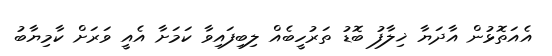
އެއަތޮޅުން އާދަޔާ ޚިލާފު ބޮޑު ތަރުހީބެއް ލިބިފައިވާ ކަމަށާ އެއީ ވަރަށް ކާމިޔާބު